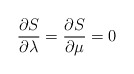
\begin{align*}\frac{\partial S}{\partial \lambda }=\frac{\partial S}{\partial \mu }=0\end{align*}